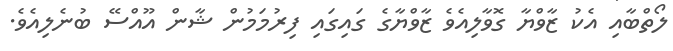
ލޯތްބާއި އެކު ޒާވްޔާ ގޮވާލިއެވެ ޒާވްޔާގެ ގައިގައި ފިރުމަމުން ޝާން އޫއްސޭ ބުނެލިއެވެ.